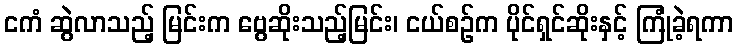
ငကံ ဆွဲလာသည့် မြင်းက ဗွေဆိုးသည့်မြင်း၊ ငယ်စဉ်က ပိုင်ရှင်ဆိုးနှင့် ကြုံခဲ့ရကာ